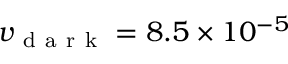
v _ { \mathrm { ~ d ~ a ~ r ~ k ~ } } = 8 . 5 \times 1 0 ^ { - 5 }